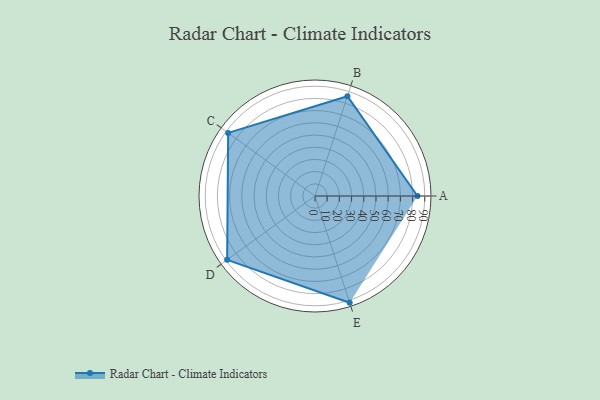
{"axis": {"x": "Skill", "y": "Score"}, "legend": ["Profile"], "data": [{"x": "A", "y": 84.0, "type": "Profile"}, {"x": "B", "y": 86.0, "type": "Profile"}, {"x": "C", "y": 88.0, "type": "Profile"}, {"x": "D", "y": 89.0, "type": "Profile"}, {"x": "E", "y": 92.0, "type": "Profile"}]}